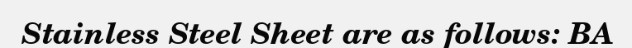
Stainless Steel Sheet are as follows: BA